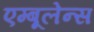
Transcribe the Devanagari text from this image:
एम्‍बूलेन्‍स